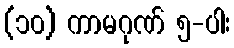
(၁၀) ကာမဂုဏ် ၅-ပါး